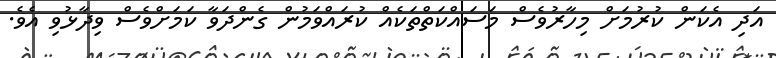
އަދި އެކަން ކުރުމަށް މިހާރުވެސް މަސައްކަތްތަކެއް ކުރައްވަމުން ގެންދަވާ ކަމަށްވެސް ވިދާޅުވި އެވެ.